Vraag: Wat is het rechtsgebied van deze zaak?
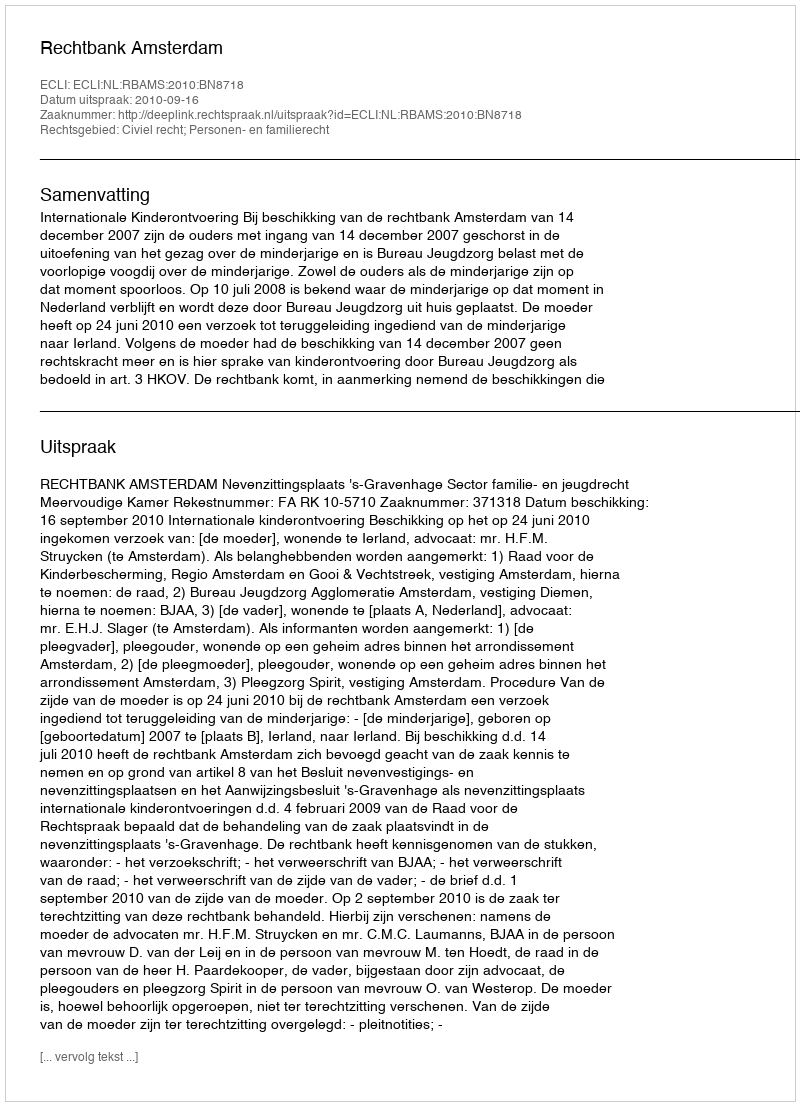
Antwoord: Civiel recht; Personen- en familierecht